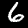
Digit: 6